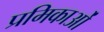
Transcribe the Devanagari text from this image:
प्रमिकाओं